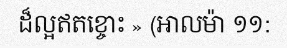
ដ៏ល្អឥតខ្ចោះ » (អាលម៉ា ១១: